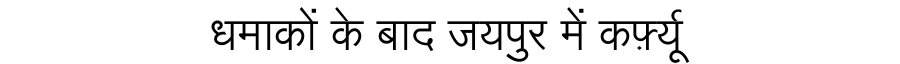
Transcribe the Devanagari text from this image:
धमाकों के बाद जयपुर में कर्फ़्यू